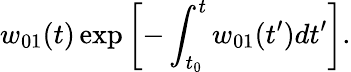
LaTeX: w_{01}(t)\exp\left[-\int_{t_{0}}^{t}w_{01}(t^{\prime})dt^{\prime}\right].